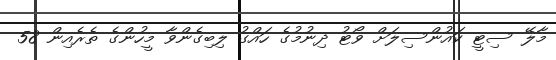
މާލޭ ސިޓީ ކައުންސިލަށް ވޯޓު ދިނުމުގެ ހައްގު ލިބިގެންވާ މީހުންގެ ތެރެއިން 58